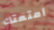
أمتعتك